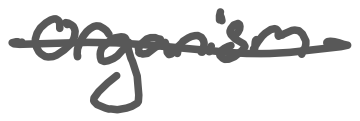
Text: organism
Cross-out: single-line
Writing tool: digital_gray